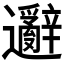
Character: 𲆋